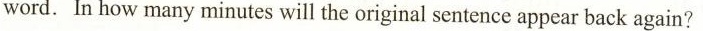
word. In how many minutes will the original sentence appear back again?